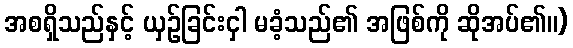
အစရှိသည်နှင့် ယှဉ်ခြင်းငှါ မခံ့သည်၏ အဖြစ်ကို ဆိုအပ်၏။)